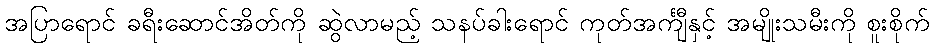
အပြာရောင် ခရီးဆောင်အိတ်ကို ဆွဲလာမည့် သနပ်ခါးရောင် ကုတ်အင်္ကျီနှင့် အမျိုးသမီးကို စူးစိုက်